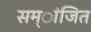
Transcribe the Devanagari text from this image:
सम्ांजित